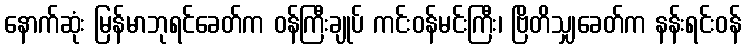
နောက်ဆုံး မြန်မာဘုရင်ခေတ်က ဝန်ကြီးချုပ် ကင်းဝန်မင်းကြီး၊ ဗြိတိသျှခေတ်က နန်းရင်းဝန်